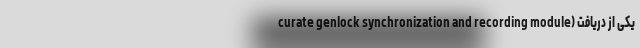
curate genlock synchronization and recording module) یکی از دریافت